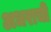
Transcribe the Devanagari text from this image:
अधराची